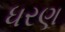
ધરણ